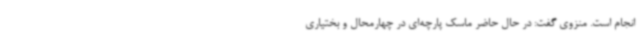
انجام است. منزوی گفت: در حال حاضر ماسک پارچه‌ای در چهارمحال و بختیاری